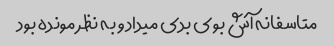
متاسفانه آش بوی بدی میداد و به نظر مونده بود